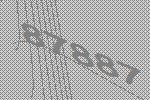
87887